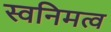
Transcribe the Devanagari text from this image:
स्वनिमत्व